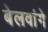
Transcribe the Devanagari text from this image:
बेलवांगे